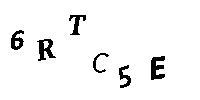
6RTC5E